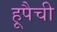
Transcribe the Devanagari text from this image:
हूपैची